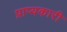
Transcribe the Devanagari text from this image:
प्राप्यकारी